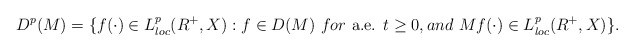
\begin{align*} D^p(M) =\{f(\cdot)\in L^p_{loc}(R^+,X): f\in D(M) \hbox{ }for \hbox{ a.e. }t\geq 0, and \hbox{ } Mf(\cdot)\in L^p_{loc}(R^+,X)\}.\end{align*}